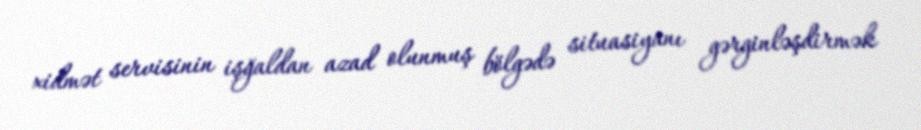
xidmət servisinin işğaldan azad olunmuş bölgədə situasiyanı gərginləşdirmək